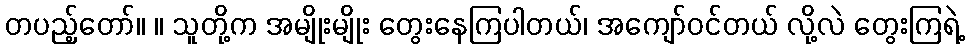
တပည့်တော်။ ။ သူတို့က အမျိုးမျိုး တွေးနေကြပါတယ်၊ အကျော်ဝင်တယ် လို့လဲ တွေးကြရဲ့